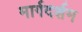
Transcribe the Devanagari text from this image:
मार्गदर्शम